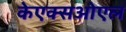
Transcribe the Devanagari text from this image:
केएक्सओएल